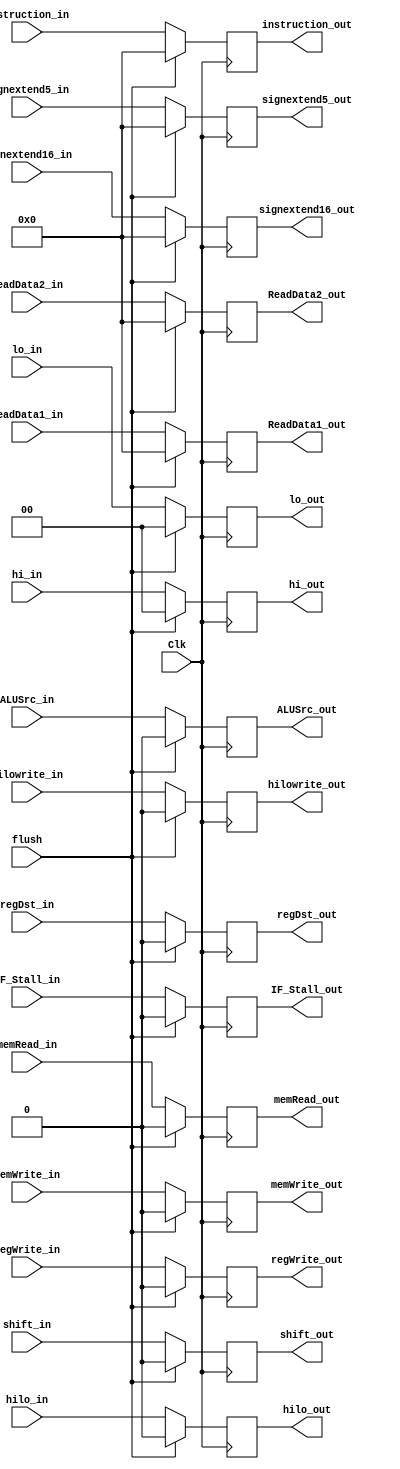
`timescale 1ns / 1ps
//////////////////////////////////////////////////////////////////////////////////
// Company: 
// Engineer: 
// 
// Design Name: 
// Module Name: ID_EX_Buffer
// Project Name: 
// Target Devices: 
// Tool Versions: 
// Description: 
// 
// Dependencies: 
// 
// Revision:
// Revision 0.01 - File Created
// Additional Comments:
// 
//////////////////////////////////////////////////////////////////////////////////


module ID_EX_Buffer(instruction_in, ReadData1_in, ReadData2_in, signextend16_in, signextend5_in, hi_in, lo_in, 
                    hilowrite_in, hilo_in, ALUSrc_in, memRead_in, memWrite_in, regDst_in, regWrite_in, shift_in, Clk,
                    instruction_out, ReadData1_out, ReadData2_out, signextend16_out, signextend5_out, hi_out, lo_out,
                    hilowrite_out, hilo_out, ALUSrc_out, memRead_out, memWrite_out, regDst_out, regWrite_out, shift_out,
                    flush, IF_Stall_in, IF_Stall_out);
                    

    input [31:0] instruction_in, ReadData1_in, ReadData2_in, signextend16_in, signextend5_in;
    
    input [1:0] hi_in, lo_in;
    
    input Clk, hilowrite_in, hilo_in, ALUSrc_in, memRead_in, memWrite_in, regDst_in, regWrite_in, shift_in, flush, IF_Stall_in;
    
    output reg [31:0] instruction_out, ReadData1_out, ReadData2_out, signextend16_out, signextend5_out;                    
    
    output reg [1:0] hi_out, lo_out;
    
    output reg hilowrite_out, hilo_out, ALUSrc_out, memRead_out, memWrite_out, regDst_out, regWrite_out, shift_out, IF_Stall_out;
    
    initial begin
    
        instruction_out = 0;
        ReadData1_out = 0;
        ReadData2_out = 0;
        signextend16_out = 0;
        signextend5_out = 0;
        hi_out = 0;
        lo_out = 0;
        hilowrite_out = 0;
        hilo_out = 0;
        ALUSrc_out = 0;
        memRead_out = 0;
        memWrite_out = 0;
        regDst_out = 0;
        regWrite_out = 0;
        shift_out = 0;
        IF_Stall_out = 0;
    end
    
    always@(posedge Clk) begin
    
        if(flush == 1'b1) begin
        
            hilowrite_out <= 0;
            hilo_out <= 0;
            ALUSrc_out <= 0;
            memRead_out <= 0;
            memWrite_out <= 0;
            regDst_out <= 0;
            regWrite_out <= 0;
            shift_out <= 0;
            IF_Stall_out <= 0;  
            
            hi_out <= 0; //make 00 maintain
            lo_out <= 0;
            
            instruction_out <= 0;
            ReadData1_out <= 0;
            ReadData2_out <= 0;
            signextend16_out <= 0;
            signextend5_out <= 0; 
    
        end
        
        else begin
        
           
        
                hilowrite_out <= hilowrite_in;
                hilo_out <= hilo_in;
                ALUSrc_out <= ALUSrc_in;
                memRead_out <= memRead_in;
                memWrite_out <= memWrite_in;
                regDst_out <= regDst_in;
                regWrite_out <= regWrite_in;
                shift_out <= shift_in;
                IF_Stall_out <= IF_Stall_in;
                
                hi_out <= hi_in;
                lo_out <= lo_in;
                
                instruction_out <= instruction_in;
                ReadData1_out <= ReadData1_in;
                ReadData2_out <= ReadData2_in;
                signextend16_out <= signextend16_in;
                signextend5_out <= signextend5_in;
            
        end
    end                 
                    
endmodule